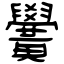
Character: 黌